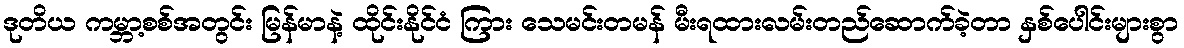
ဒုတိယ ကမ္ဘာ့စစ်အတွင်း မြန်မာနဲ့ ထိုင်းနိုင်ငံ ကြား သေမင်းတမန် မီးရထားလမ်းတည်ဆောက်ခဲ့တာ နှစ်ပေါင်းများစွာ